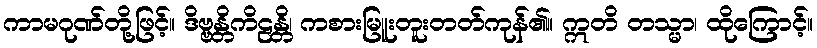
ကာမဂုဏ်တို့ဖြင့်။ ဒိဗ္ဗန္တိကိဠန္တိ၊ ကစားမြူးတူးတတ်ကုန်၏။ ဣတိ တသ္မာ၊ ထိုကြောင့်။